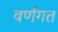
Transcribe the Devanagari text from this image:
वर्णगत